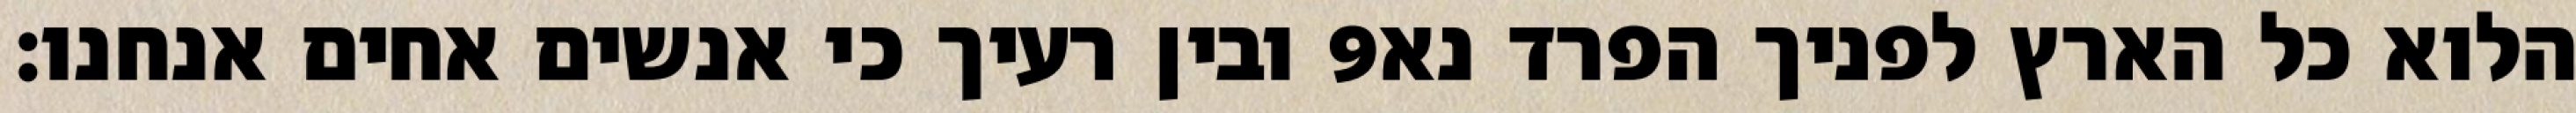
ובין רעיך כי אנשים אחים אנחנו׃ ‎9‏ הלוא כל הארץ לפניך הפרד נא